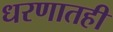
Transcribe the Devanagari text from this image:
धरणातही